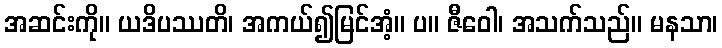
အဆင်းကို။ ယဒိပဿတိ၊ အကယ်၍မြင်အံ့။ ပ။ ဇီဝေါ၊ အသက်သည်။ မနသာ၊